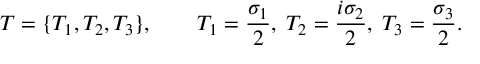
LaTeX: T = \{ T _ { 1 } , T _ { 2 } , T _ { 3 } \} , \qquad T _ { 1 } = { \frac { \sigma _ { 1 } } { 2 } } , \; T _ { 2 } = { \frac { i \sigma _ { 2 } } { 2 } } , \; T _ { 3 } = { \frac { \sigma _ { 3 } } { 2 } } .